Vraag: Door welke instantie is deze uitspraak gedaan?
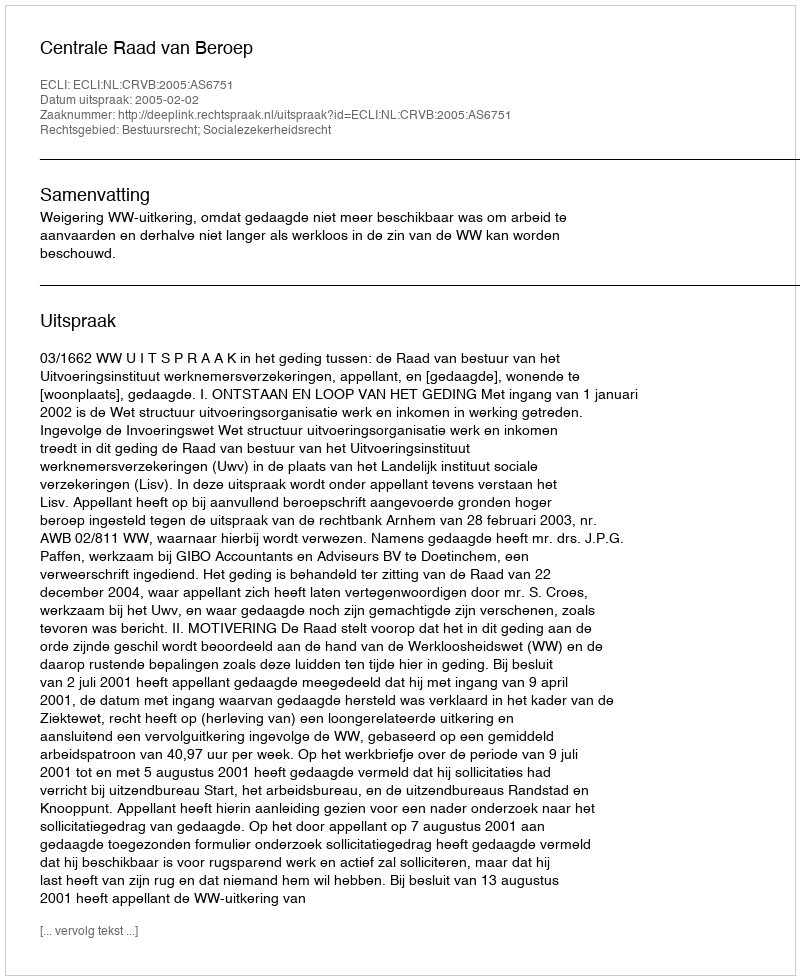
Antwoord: Centrale Raad van Beroep